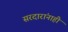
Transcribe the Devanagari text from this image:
सरदारांनाही